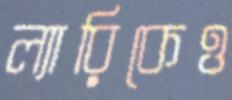
ল্যারিকেও